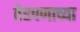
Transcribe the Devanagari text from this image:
वेडपणाच्या